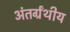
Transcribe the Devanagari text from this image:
अंतर्ग्रंथीय